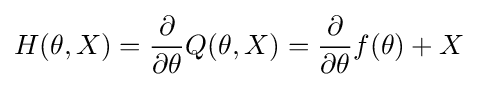
H(\theta ,X)={\frac {\partial }{\partial \theta }}Q(\theta ,X)={\frac {\partial }{\partial \theta }}f(\theta )+X